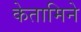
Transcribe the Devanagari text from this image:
केतामिने